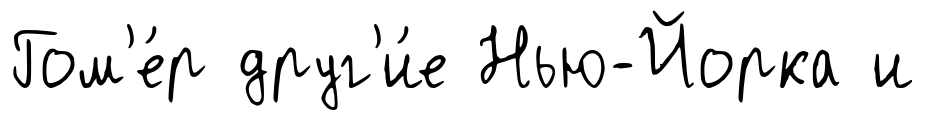
Гом'е́р друг'и́е Нью-Йорка и